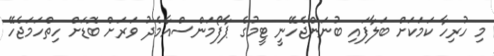
މި ހުރިހާ ކަމަކަށް ބަލާފައި ބުނަންޖެހޭނީ ޓީމުގެ ޕާފޯމަންސްއާމެދު ވަރަށް ބޮޑަށް ހިތްހަމަޖެހޭ